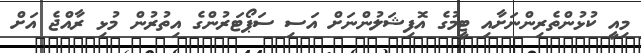
މިއީ ކުޅުންތެރިންނަށާއި ޓީމުގެ އޮފިޝަލުންނަށް އަސި ސަޕޯޓަރުންގެ އިތުރުން މުޅި ރާއްޖެ އަށް